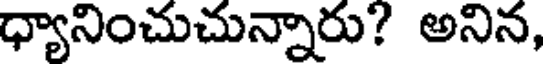
ధ్యానించుచున్నారు? అనిన,